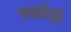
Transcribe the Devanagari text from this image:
पकोड़ा़